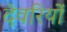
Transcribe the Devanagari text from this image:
देवरियों